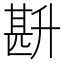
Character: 𭅧